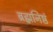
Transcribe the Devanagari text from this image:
ब्रह्मनिष्ठं